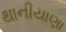
થાનીયાણા